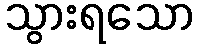
သွားရသော